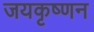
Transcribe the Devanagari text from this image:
जयकृष्णन